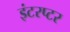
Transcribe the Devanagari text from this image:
इंटरप्टर